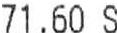
71.60 S